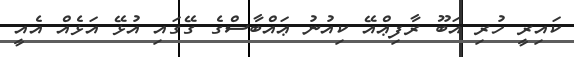
ކައިރީ ހުރި އަބޫ ރާފިޢްއޭ ކިއުނު ޢައްބާސްގެ ގޭގައި އުޅޭ އަޅެއް އެއީ